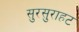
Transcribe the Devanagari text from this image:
सुरसुराहट